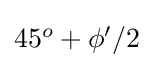
{\textstyle 45^{o}+\phi '/2}